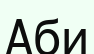
Аби